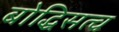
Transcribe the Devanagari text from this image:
बोद्धिसत्व